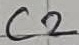
Text: C2